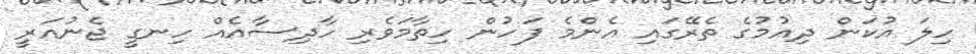
ހިލަ އުކަން ދިއުމުގެ ތެރޭގައި އެންމެ ފަހުން ހިތާމަވެރި ހާދިސާއެއް ހިނގީ ޖެނުއަރީ